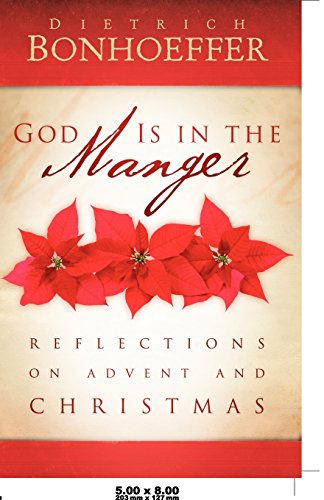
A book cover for God Is in the Manger: Reflections on Advent and Christmas; Dietrich Bonhoeffer; Christian Books & Bibles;